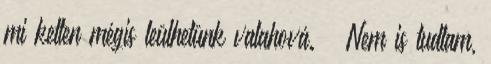
mi ketten mégis leülhetünk valahová. – Nem is tudtam,